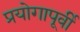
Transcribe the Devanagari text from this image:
प्रयोगापूर्वी